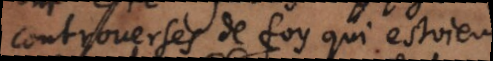
controverses de foy qui estoie